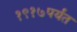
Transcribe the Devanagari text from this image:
१९१७पर्यंत